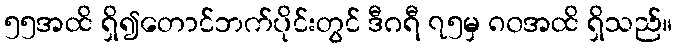
၅၅အထိ ရှိ၍တောင်ဘက်ပိုင်းတွင် ဒီဂရီ ၇၅မှ ၈၀အထိ ရှိသည်။